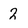
Character: 2